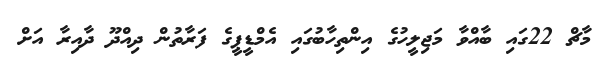
މާޗް 22ގައި ބާއްވާ މަޖިލީހުގެ އިންތިހާބުގައި އެމްޑީޕީގެ ފަރާތުން ދިއްދޫ ދާއިރާ އަށް